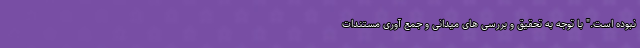
نبوده است." با توجه به تحقیق و بررسی های میدانی و جمع آوری مستندات